Indian journal of veterinary science and animal husbandry - Volume 14,
Year: 1944
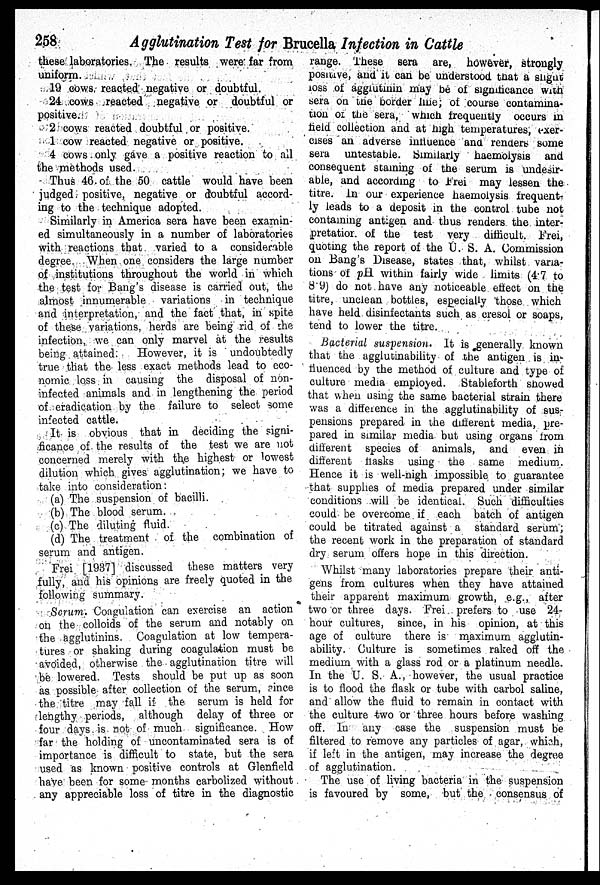
258
Agglutination Test for Brucella Infection in Cattle
these laboratories. The results were far from
uniform.
19 cows reacted negative or doubtful.
24 cows reacted negative or doubtful or
positive.
2 cows reacted doubtful or positive.
1 cow reacted negative or positive.
4 cows only gave a positive reaction to all
the methods used.
Thus 46. of the 50 cattle would have been
judged positive, negative or doubtful accord-
ing to the technique adopted.
Similarly in America sera have been examin-
ed simultaneously in a number of laboratories
with reactions that varied to a considerable
degree. When one considers the large number
of institutions throughout the world in which
the test for Bang's disease is carried out, the
almost innumerable variations in technique
and interpretation, and the fact that, in spite
of these variations, herds are being rid of the
infection, we can only marvel at the results
being attained. However, it is undoubtedly
true that the less exact methods lead to eco-
nomic loss in causing the disposal of non-
infected animals and in lengthening the period
of eradication by the failure to select some
infected cattle.
It is obvious that in deciding the signi-
ficance of the results of the test we are not
concerned merely with the highest or lowest
dilution which gives agglutination; we have to
take into consideration:
(a) The suspension of bacilli.
(b) The blood serum.
(c) The diluting fluid.
(d) The treatment of the combination of
serum and antigen.
Frei [1937] discussed these matters very
fully, and his opinions are freely quoted in the
following summary.
Scrum. Coagulation can exercise an action
on the colloids of the serum and notably on
the agglutinins. Coagulation at low tempera-
tures or shaking during coagulation must be
avoided, otherwise the agglutination titre will
be lowered. Tests should be put up as soon
as possible after collection of the serum, since
the titre may fall if the serum is held for
lengthy periods, although delay of three or
four days is not of much significance. How
far the holding of uncontaminated sera is of
importance is difficult to state, but the sera
used as known positive controls at Glenfield
have been for some months carbolized without
any appreciable loss of titre in the diagnostic
range. These sera are, however, strongly
positive, and it can be understood that a slight
loss of agglutinin may be of significance with
sera on the border line; of course contamina-
tion of the sera, which frequently occurs in
field collection and at high temperatures, exer-
cises an adverse influence and renders some
sera untestable. Similarly haemolysis and
consequent staining of the serum is undesir-
able, and according to Frei may lessen the
titre. In our experience haemolysis frequent-
ly leads to a deposit in the control tube not
containing antigen and thus renders the inter-
pretatior. of the test very difficult. Frei,
quoting the report of the U. S. A. Commission
on Bang's Disease, states that, whilst varia-
tions of pH within fairly wide limits (4.7 to
8.9) do not have any noticeable effect on the
titre, unclean bottles, especially those which
have held disinfectants such as cresol or soaps,
tend to lower the titre.
Bacterial suspension. It is generally known
that the agglutinability of the antigen is in-
fluenced by the method of culture and type of
culture media employed. Stableforth showed
that when using the same bacterial strain there
was a difference in the agglutinability of sus-
pensions prepared in the different media, pre-
pared in similar media but using organs from
different species of animals, and even in
different flasks using the same medium.
Hence it is well-nigh impossible to guarantee
that supplies of media prepared under similar
conditions will be identical. Such difficulties
could be overcome if each batch of antigen
could be titrated against a standard serum;
the recent work in the preparation of standard
dry serum offers hope in this direction.
Whilst many laboratories prepare their anti-
gens from cultures when they have attained
their apparent maximum growth, e.g., after
two or three days. Frei prefers to use 24-
hour cultures, since, in his opinion, at this
age of culture there is maximum agglutin-
ability. Culture is sometimes raked off the
medium with a glass rod or a platinum needle.
In the U. S. A., however, the usual practice
is to flood the flask or tube with carbol saline,
and allow the fluid to remain in contact with
the culture two or three hours before washing
off. In any case the suspension must be
filtered to remove any particles of agar, which,
if left in the antigen, may increase the degree
of agglutination.
The use of living bacteria in the suspension
is favoured by some, but the consensus of